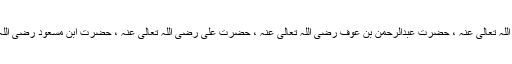
حضرت ابن عباس رضی اللہ تعالیٰ عنہ، حضرت زبیر بن عوام رضی اللہ تعالیٰ عنہ ، حضرت عبدالرحمٰن بن عوف رضی اللہ تعالیٰ عنہ ، حضرت علی رضی اللہ تعالیٰ عنہ ، حضرت ابن مسعود رضی اللہ تعالیٰ عنہ ، امام عکرمہؒ اور امام طاؤس وغیرہ کا بھی یہی فتویٰ ہے۔